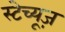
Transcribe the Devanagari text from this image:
स्टेच्यूज़